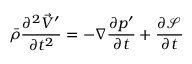
\bar { \rho } \frac { \partial ^ { 2 } \vec { V } ^ { \prime } } { \partial t ^ { 2 } } = - \nabla \frac { \partial p ^ { \prime } } { \partial t } + \frac { \partial \mathcal { S } } { \partial t }